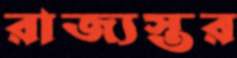
রাজ্যস্তর